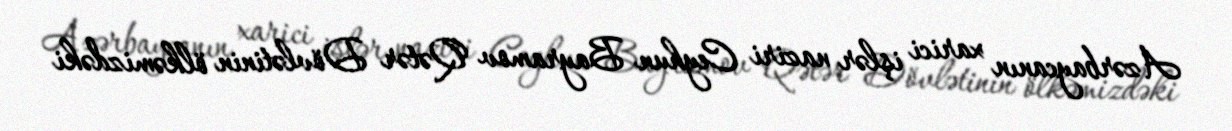
Azərbaycanın xarici işlər naziri Ceyhun Bayramov Qətər Dövlətinin ölkəmizdəki